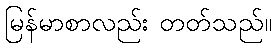
မြန်မာစာလည်း တတ်သည်။